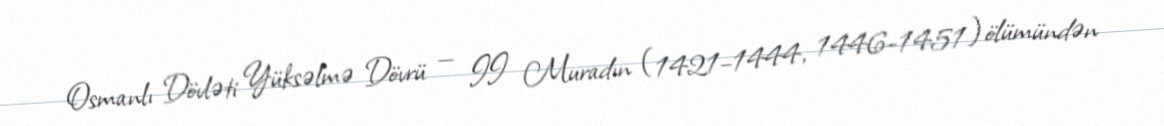
Osmanlı Dövləti Yüksəlmə Dövrü — II Muradın (1421–1444, 1446–1451) ölümündən